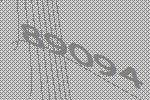
89094